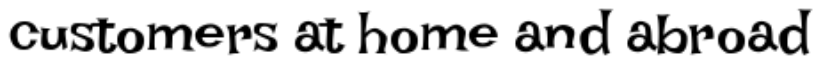
customers at home and abroad